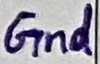
Text: Gnd